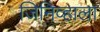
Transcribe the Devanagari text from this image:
जिनिव्हाला